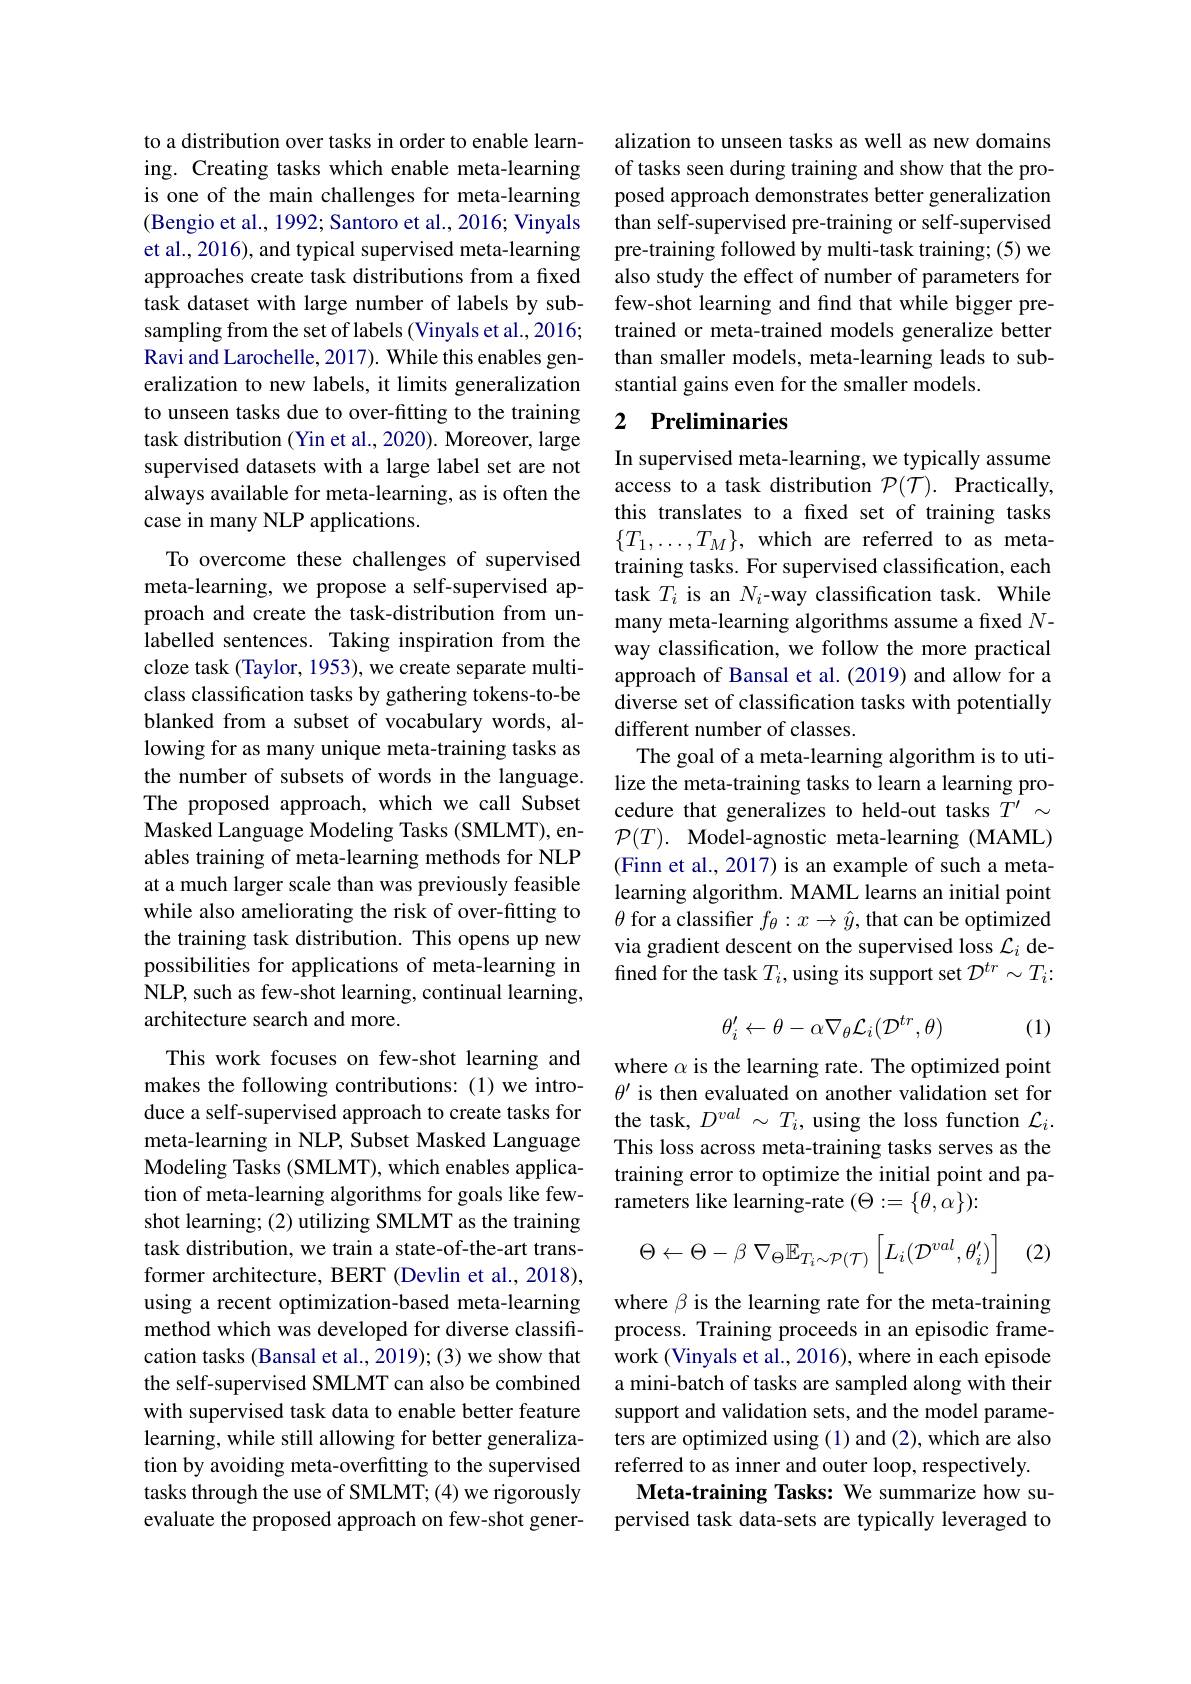
to a distribution over tasks in order to enable learning. Creating tasks which enable meta-learning is one of the main challenges for meta-learning (Bengio et al., 1992; Santoro et al., 2016; Vinyals et al., 2016), and typical supervised meta-learning approaches create task distributions from a fixed task dataset with large number of labels by subsampling from the set of labels (Vinyals et al., 2016; Ravi and Larochelle, 2017). While this enables generalization to new labels, it limits generalization to unseen tasks due to over-fitting to the training task distribution (Yin et al., 2020). Moreover, large supervised datasets with a large label set are not always available for meta-learning, as is often the case in many NLP applications.

To overcome these challenges of supervised meta-learning, we propose a self-supervised approach and create the task-distribution from unlabelled sentences. Taking inspiration from the cloze task (Taylor, 1953), we create separate multiclass classification tasks by gathering tokens-to-be blanked from a subset of vocabulary words, allowing for as many unique meta-training tasks as the number of subsets of words in the language. The proposed approach, which we call Subset Masked Language Modeling Tasks (SMLMT), enables training of meta-learning methods for NLP at a much larger scale than was previously feasible while also ameliorating the risk of over-fitting to the training task distribution. This opens up new possibilities for applications of meta-learning in NLP, such as few-shot learning, continual learning, architecture search and more.
This work focuses on few-shot learning and makes the following contributions: (1) we introduce a self-supervised approach to create tasks for meta-learning in NLP, Subset Masked Language Modeling Tasks (SMLMT), which enables application of meta-learning algorithms for goals like fewshot learning; (2) utilizing SMLMT as the training task distribution, we train a state-of-the-art transformer architecture, BERT (Devlin et al., 2018), using a recent optimization-based meta-learning method which was developed for diverse classification tasks (Bansal et al., 2019); (3) we show that

the self-supervised SMLMT can also be combined with supervised task data to enable better feature learning, while still allowing for better generalization by avoiding meta-overfitting to the supervised tasks through the use of SMLMT; (4) we rigorously evaluate the proposed approach on few-shot gener-

alization to unseen tasks as well as new domains of tasks seen during training and show that the proposed approach demonstrates better generalization than self-supervised pre-training or self-supervised pre-training followed by multi-task training; (5) we also study the effect of number of parameters for few-shot learning and find that while bigger pretrained or meta-trained models generalize better than smaller models, meta-learning leads to substantial gains even for the smaller models.

## 2 Preliminaries

In supervised meta-learning, we typically assume access to a task distribution $\mathcal{P}(\mathcal{T}).$ Practically, this translates to a fxed set of training tasks $\{T_1,\ldots,T_M\}$, which are referred to as metatraining tasks. For supervised classification, each task $T_i$ is an $N_i$-way classification task. While many meta-learning algorithms assume a fixed $N$- way classification, we follow the more practical approach of Bansal et al.(2019) and allow for a diverse set of classification tasks with potentially different number of classes.
The goal of a meta-learning algorithm is to utilize the meta-training tasks to learn a learning procedure that generalizes to held-out tasks $T^{\prime}\sim$ $\mathcal{P} ( T) . \textbf{Model- agnostic meta- learning ( MAML) }$ (Finn et al., 2017) is an example of such a metalearning algorithm. MAML learns an initial point $\theta$ for a classifier $f_\theta:x\to\hat{y}$, that can be optimized via gradient descent on the supervised loss $\mathcal{L}_i$ defined for the task $T_i$,using its support set $D^tr\sim T_i{:}$
$$\theta_i'\leftarrow\theta-\alpha\nabla_\theta\mathcal{L}_i(\mathcal{D}^{tr},\theta)$$
(1)

where $\alpha$ is the learning rate. The optimized point $\theta^{\prime}$ is then evaluated on another validation set for the task, $D^val\sim T_i$, using the loss function $\mathcal{L}_i.$ This loss across meta-training tasks serves as the training error to optimize the initial point and parameters like learning-rate $(\Theta:=\{\theta,\alpha\}):$
$$\Theta\leftarrow\Theta-\beta\:\nabla_{\Theta}\mathbb{E}_{T_{i}\sim\mathcal{P}(\mathcal{T})}\left[L_{i}(\mathcal{D}^{val},\theta_{i}')\right]$$
(2)

where $\beta$ is the learning rate for the meta-training process. Training proceeds in an episodic framework (Vinyals et al., 2016), where in each episode a mini-batch of tasks are sampled along with their support and validation sets, and the model parameters are optimized using (1) and (2), which are also referred to as inner and outer loop, respectively.
Meta-training Tasks: We summarize how supervised task data-sets are typically leveraged to